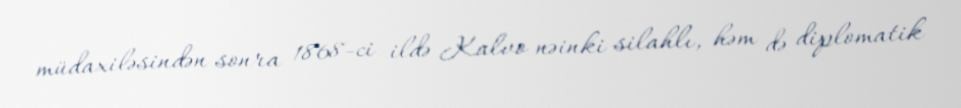
müdaxiləsindən sonra 1868-ci ildə Kalvo nəinki silahlı, həm də diplomatik